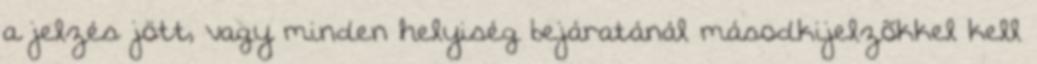
a jelzés jött, vagy minden helyiség bejáratánál másodkijelzõkkel kell